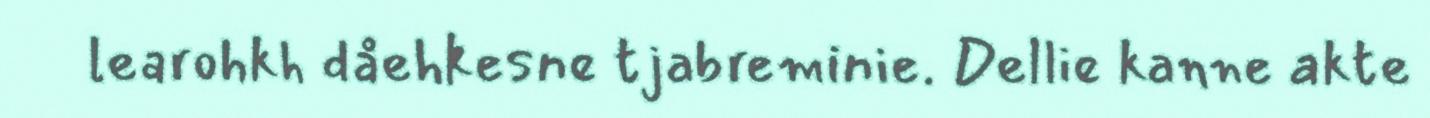
learohkh dåehkesne tjabreminie. Dellie kanne akte